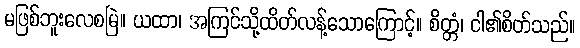
မဖြစ်ဘူးလေစမြဲ။ ယထာ၊ အကြင်သို့ထိတ်လန့်သောကြောင့်။ စိတ္တံ၊ ငါ၏စိတ်သည်။